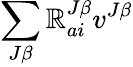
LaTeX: \sum_{J\beta}\mathbb{R}_{ai}^{J\beta}v^{J\beta}